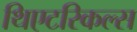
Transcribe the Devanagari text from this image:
थिएटरिकल्स